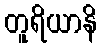
တူရိယာနိ